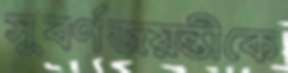
সুবর্ণজয়ন্তীকে